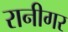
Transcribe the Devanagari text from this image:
रानीगर